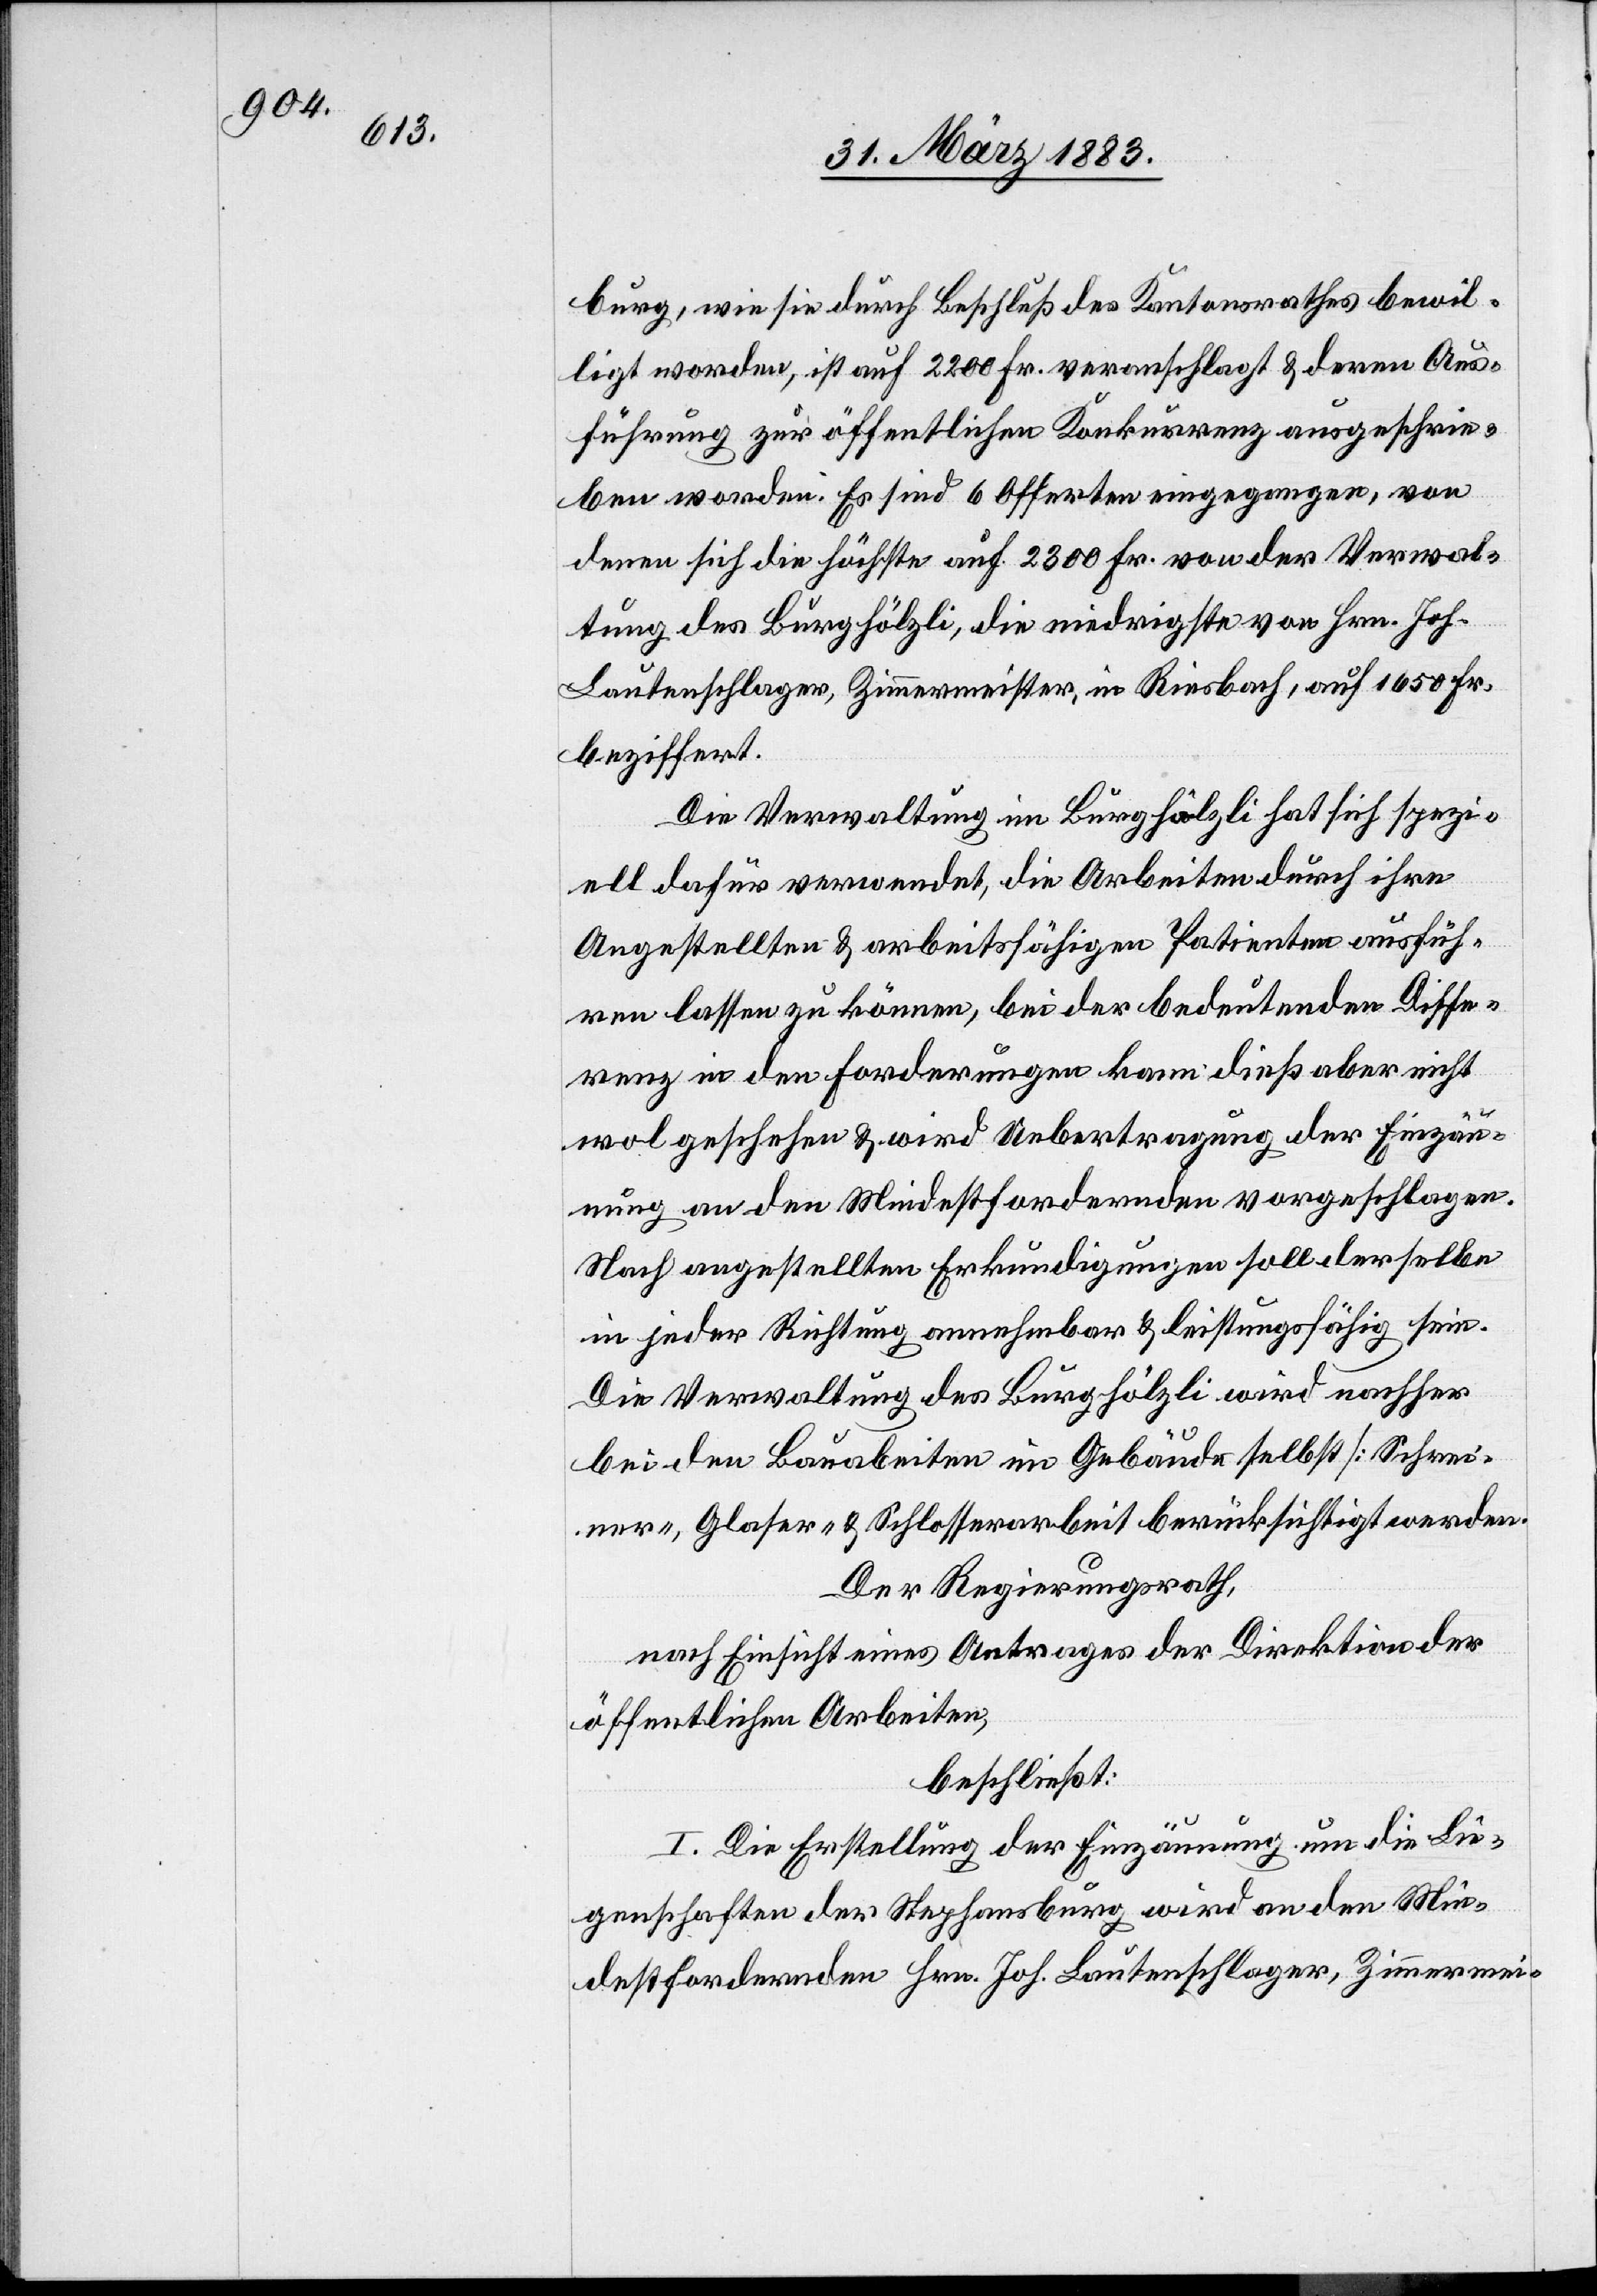
burg, wie sie durch Beschluß des Kantonsrathes bewil¬
ligt worden, ist auf 2200 Fr. veranschlagt & deren Aus¬
führung zur öffentlichen Konkurrenz ausgeschrie¬
ben worden. Es sind 6 Offerten eingegangen, von
denen sich die höchste auf 2300 Fr. von der Verwal¬
tung des Burghölzli, die niedrigste von Hrn. Joh.
Lautenschlager, Zimmermeister, in Riesbach, auf 1650 Fr.
beziffert.
Die Verwaltung im Burghölzli hat sich spezi¬
ell dafür verwendet, die Arbeiten durch ihre
Angestellten & arbeitsfähigen Patienten ausfüh¬
ren lassen zu können, bei der bedeutenden Diffe¬
renz in den Forderungen kann dieß aber nicht
wol geschehen & wird Uebertragung der Einzäu¬
nung an den Mindestfordernden vorgeschlagen.
Nach angestellten Erkundigungen soll derselbe
in jeder Richtung annehmbar & leistungsfähig sein.
Die Verwaltung des Burghölzli wird nachher
bei den Bauarbeiten im Gebäude selbst [Schrei¬
ner-, Glaser- & Schlosserarbeit] berücksichtigt werden.
Der Regierungsrath,
nach Einsicht eines Antrages der Direktion der
öffentlichen Arbeiten,
beschließt:
I. Die Erstellung der Einzäunung um die Lie¬
genschaften der Stephansburg wird an den Min¬
destfordernden Hrn. Joh. Lautenschlager, Zimmermei-